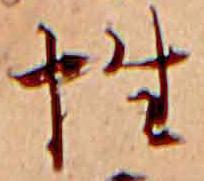
性